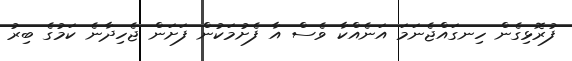
ފުރޮޅިގެން ހިނގައްޖެނަމަ އަނެއްކާ ވެސް އާ ފެށުމަކުން ފަށަން ޖެހިދާނެ ކަމުގެ ބިރު